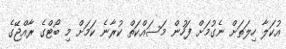
އުކަލާ ހިލަތަށް ނެގުމަށް ފަހުން މަސައްކަތް ކުރާނެ ކަމަށް މި ބޯޓްގެ ރާއްޖޭގެ